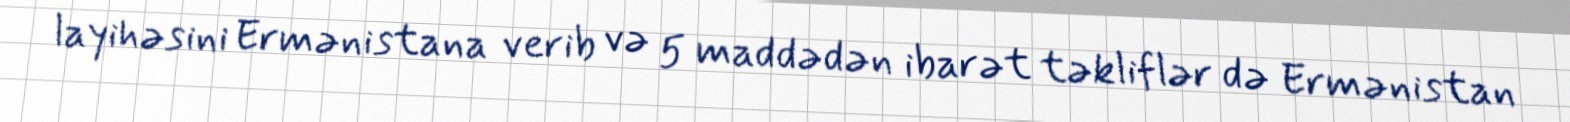
layihəsini Ermənistana verib və 5 maddədən ibarət təkliflər də Ermənistan